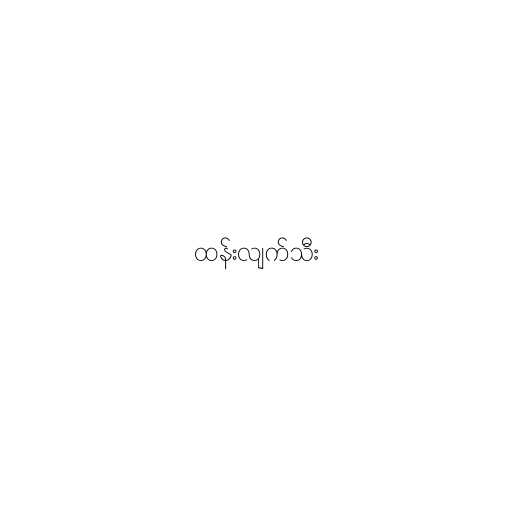
ထန်းလျက်သီး